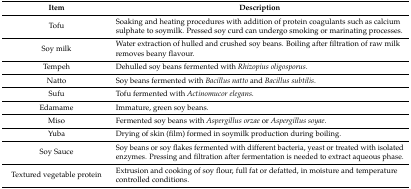
<table><thead><tr><td><b>Item</b></td><td><b>Description</b></td></tr></thead><tbody><tr><td>Tofu</td><td>Soaking and heating procedures with addition of protein coagulants such as calcium sulphate to soymilk. Pressed soy curd can undergo smoking or marinating processes.</td></tr><tr><td>Soy milk</td><td>Water extraction of hulled and crushed soy beans. Boiling after filtration of raw milk removes beany flavour.</td></tr><tr><td>Tempeh</td><td>Dehulled soy beans fermented with <i>Rhizopius oligosporus</i>.</td></tr><tr><td>Natto</td><td>Soy beans fermented with <i>Bacillus natto</i> and <i>Bacillus subtilis</i>.</td></tr><tr><td>Sufu</td><td>Tofu fermented with <i>Actinomucor elegans</i>.</td></tr><tr><td>Edamame</td><td>Immature, green soy beans.</td></tr><tr><td>Miso</td><td>Fermented soy beans with <i>Aspergillus orzae</i> or <i>Aspergillus soyae</i>.</td></tr><tr><td>Yuba</td><td>Drying of skin (film) formed in soymilk production during boiling.</td></tr><tr><td>Soy Sauce</td><td>Soy beans or soy flakes fermented with different bacteria, yeast or treated with isolated enzymes. Pressing and filtration after fermentation is needed to extract aqueous phase.</td></tr><tr><td>Textured vegetable protein</td><td>Extrusion and cooking of soy flour, full fat or defatted, in moisture and temperature controlled conditions.</td></tr></tbody></table>